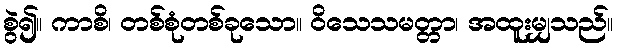
စွဲ၍။ ကာစိ၊ တစ်စုံတစ်ခုသော။ ဝိသေသမတ္တာ၊ အထူးမျှသည်။